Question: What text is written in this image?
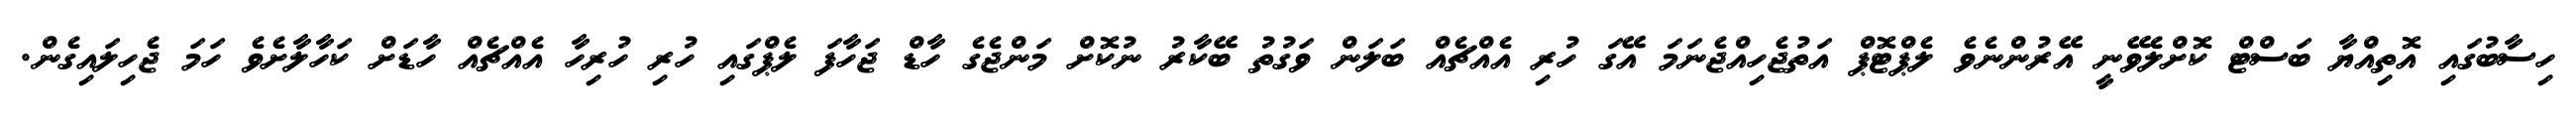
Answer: ހިސާބުގައި އޮތިއްޔާ ބަސްޓް ކޮށްލެވޭނީ އޭރުންނެވެ ލެޕްޓޮޕް އަތުޖެހިއްޖެނަމަ އޭގަ ހުރި އެއްޗެއް ބަލަން ވަގުތު ބޭކާރު ނުކޮށް މަންޖެގެ ހާޑް ޖަހާފަ ލެޕްގައި ހުރި ހުރިހާ އެއްޗެއް ހާޑަށް ކަހާލާށެވެ ހަމަ ޖެހިލައިގެން.